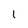
Character: 1